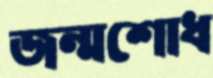
জন্মশোধ